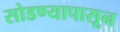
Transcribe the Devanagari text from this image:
सोडण्यापासून